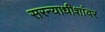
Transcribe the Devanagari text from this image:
सरन्याधीशांवर